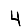
Digit: 4